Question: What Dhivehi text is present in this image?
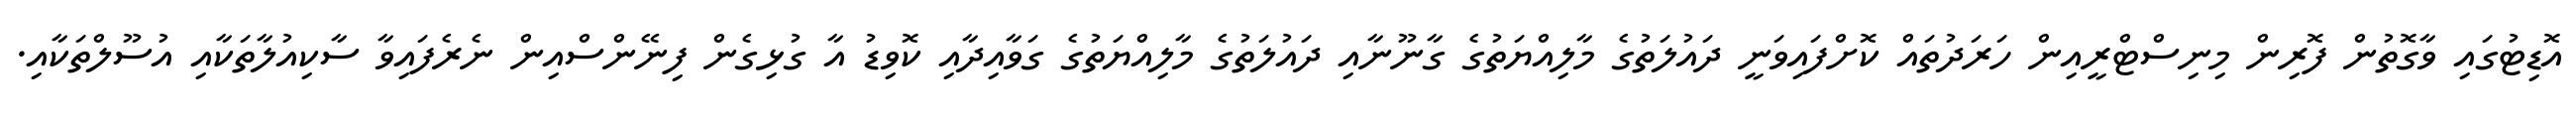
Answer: އޮޑިޓުގައި ވާގޮތުން ފޮރިން މިނިސްޓްރީއިން ހަރަދުތައް ކޮށްފައިވަނީ ދައުލަތުގެ މާލިއްޔަތުގެ ގާނޫނާއި ދައުލަތުގެ މާލިއްޔަތުގެ ގަވާއިދާއި ކޮވިޑު އާ ގުޅިގެން ފިނޭންސްއިން ނެރެފައިވާ ސާކިއުލާތަކާއި އުސޫލްތަކާއި.